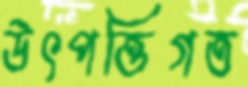
উৎপত্তিগত